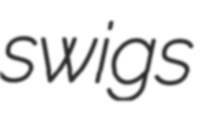
swigs